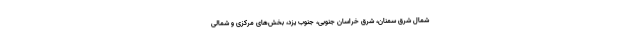
شمال شرق سمنان، شرق خراسان جنوبی، جنوب یزد، بخش‌های مرکزی و شمالی